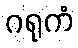
ဂရုကံ